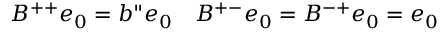
B ^ { + + } e _ { 0 } = b " e _ { 0 } \quad B ^ { + - } e _ { 0 } = B ^ { - + } e _ { 0 } = e _ { 0 }